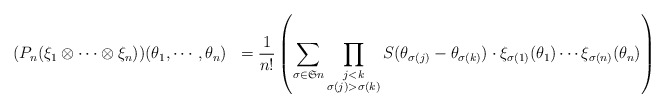
\begin{align*} &(P_n(\xi_1\otimes \cdots \otimes \xi_n))(\theta_1,\cdots,\theta_n) &= \frac{1}{n!}\left(\sum_{\sigma\in\mathfrak{S}n} \prod_{\substack{j<k\\ \sigma(j)>\sigma(k)}}S(\theta_{\sigma(j)}-\theta_{\sigma(k)}) \cdot \xi_{\sigma(1)}(\theta_1)\cdots\xi_{\sigma(n)}(\theta_n)\right) \end{align*}